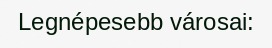
Legnépesebb városai: